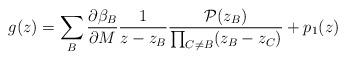
LaTeX: \begin{align*}g(z) = \sum_B \frac{\partial\beta_B}{\partial M} \frac{1}{z-z_B} \frac{{\cal P}(z_B)}{\prod _{C\neq B} (z_B-z_C)} + p_1(z)\end{align*}